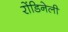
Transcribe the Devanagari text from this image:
रोंडिनेली